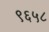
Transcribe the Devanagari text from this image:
९६५८